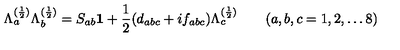
\Lambda _ { a } ^ { ( \frac { 1 } { 2 } ) } \Lambda _ { b } ^ { ( \frac { 1 } { 2 } ) } = S _ { a b } { \bf 1 } + \frac { 1 } { 2 } ( d _ { a b c } + i f _ { a b c } ) \Lambda _ { c } ^ { ( \frac { 1 } { 2 } ) } \quad \quad ( a , b , c = 1 , 2 , \dots 8 )